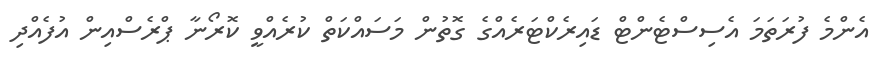
އެންމެ ފުރަތަމަ އެސިސްޓެންޓް ޑައިރެކްޓަރެއްގެ ގޮތުން މަސައްކަތް ކުރެއްވީ ކޮރޯނާ ޕްރެސްއިން އުފެއްދި